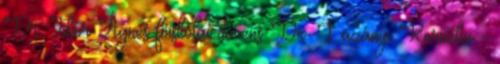
Dr. Tibor Ágnes főiskolai docens Dr. Lazányi Kornélia -